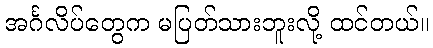
အင်္ဂလိပ်တွေက မပြတ်သားဘူးလို့ ထင်တယ်။